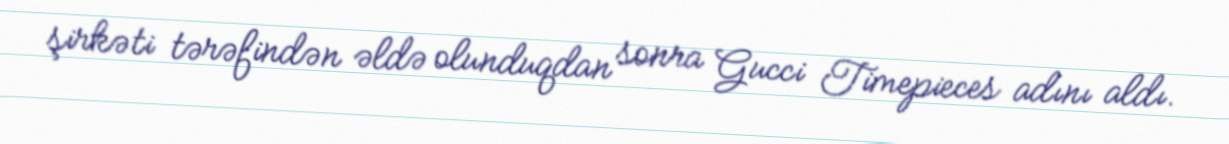
şirkəti tərəfindən əldə olunduqdan sonra Gucci Timepieces adını aldı.